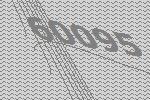
60095